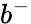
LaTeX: b^{-}